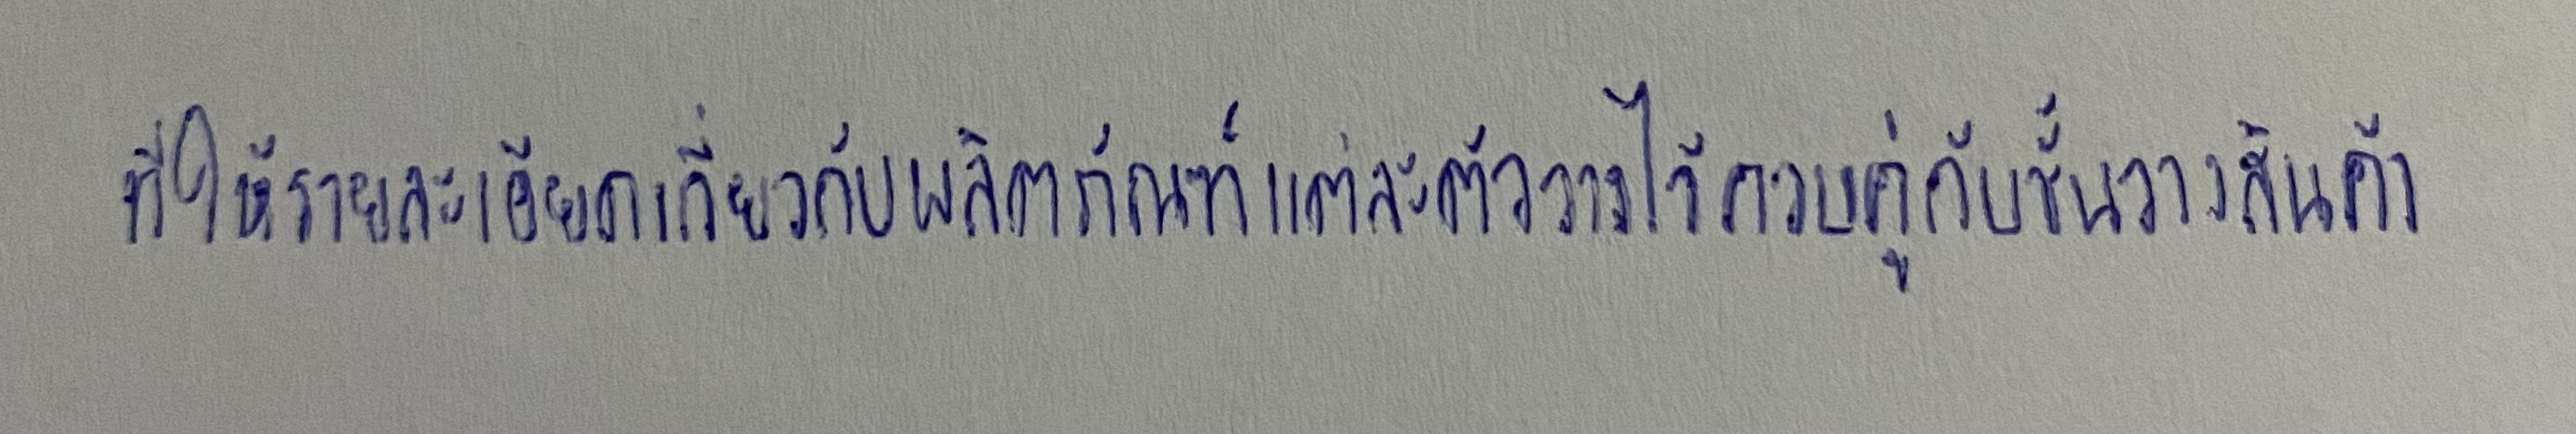
ที่ให้รายละเอียดเกี่ยวกับผลิตภัณฑ์แต่ละตัววางไว้ควบคู่กับชั้นวางสินค้า